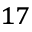
^ { 1 7 }